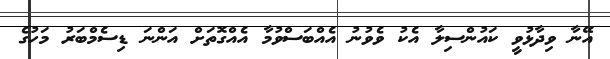
އޭނާ ވިދާޅުވީ ކައުންސިލާ އެކު ވެވުނު އެއްބަސްވުމާ އެއްގޮތަށް އަންނަ ޑިސެމްބަރު މަހުގެ